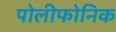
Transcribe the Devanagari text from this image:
पोलीफोनिक